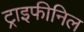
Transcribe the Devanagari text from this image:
ट्राइफीनिल